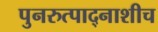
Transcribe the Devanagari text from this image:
पुनरुत्पाद्नाशीच